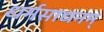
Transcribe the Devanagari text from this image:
धर्मसाधनम्